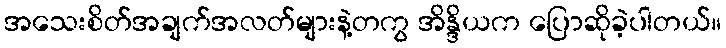
အသေးစိတ်အချက်အလတ်များနဲ့တကွ အိန္ဒိယက ပြောဆိုခဲ့ပါတယ်။